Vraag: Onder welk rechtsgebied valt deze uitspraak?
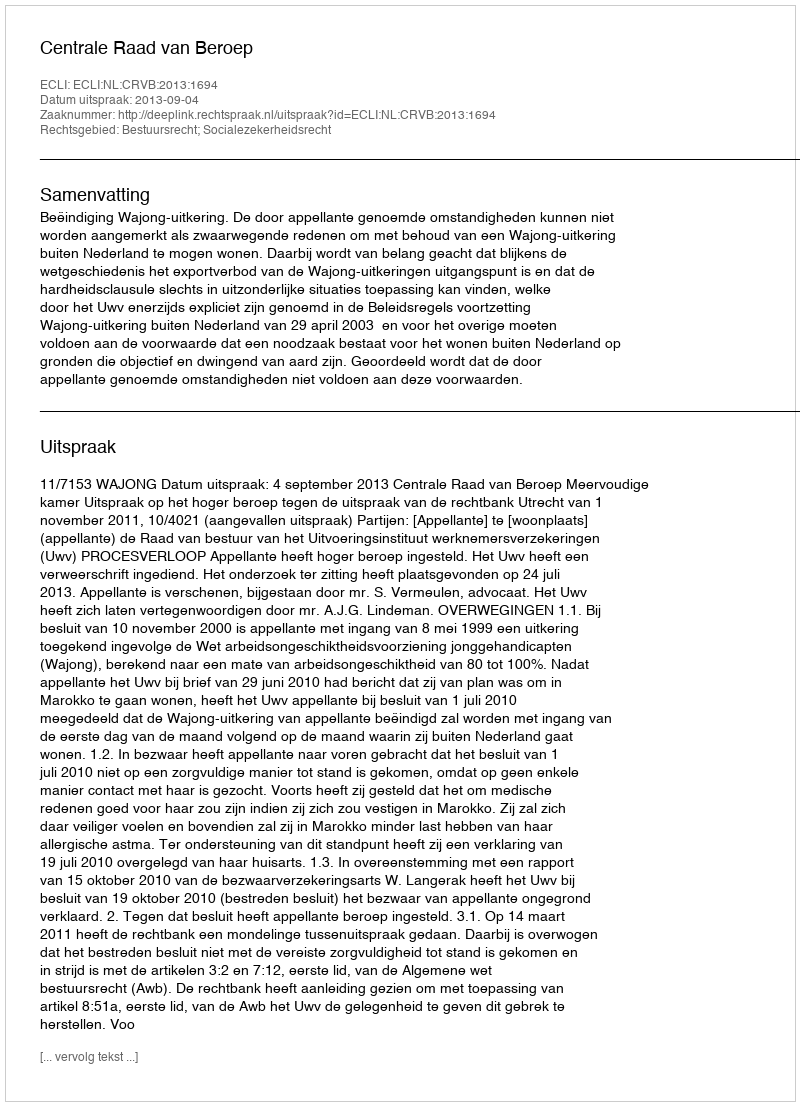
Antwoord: Bestuursrecht; Socialezekerheidsrecht